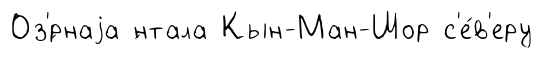
Оз'́рнаjа ́нтала Кын-Ман-Шор с'е́в'еру